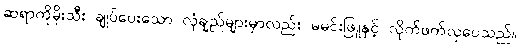
ဆရာကိုမိုးသီး ချုပ်ပေးသော လုံချည်များမှာလည်း မမင်းဖြူနှင့် လိုက်ဖက်လှပေသည်။